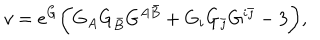
v = e ^ { G } \biggl ( G _ { A } G _ { \bar { B } } G ^ { A \bar { B } } + G _ { i } G _ { \bar { \jmath } } G ^ { i \bar { \jmath } } - 3 \biggr ) ,